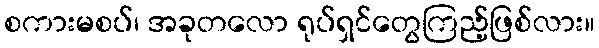
စကားမစပ်၊ အခုတလော ရုပ်ရှင်တွေကြည့်ဖြစ်လား။